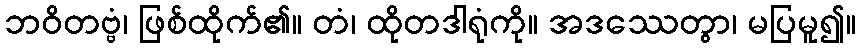
ဘဝိတဗ္ဗံ၊ ဖြစ်ထိုက်၏။ တံ၊ ထိုတဒါရုံကို။ အဒဿေတွာ၊ မပြမူ၍။